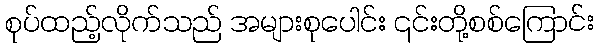
စုပ်ထည့်လိုက်သည် အများစုပေါင်း ၎င်းတို့စစ်ကြောင်း